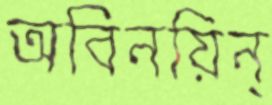
অবিনয়িন্